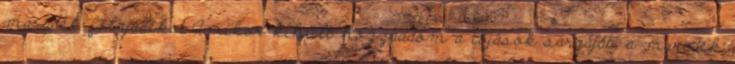
maradék folyadékot.Amikor kihült hozzáadom a tojások sárgáját, a maradék